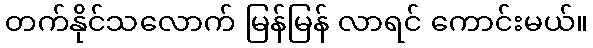
တက်နိုင်သလောက် မြန်မြန် လာရင် ကောင်းမယ်။